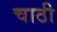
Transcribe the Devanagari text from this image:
चाठी